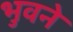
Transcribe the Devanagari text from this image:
भुवने